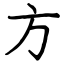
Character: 方